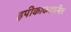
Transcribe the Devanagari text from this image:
इपीकाकशामिल